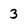
Character: 3